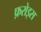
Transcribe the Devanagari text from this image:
फ़रोइस